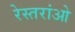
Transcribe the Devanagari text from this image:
रेस्तरांओ